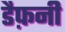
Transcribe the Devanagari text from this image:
डैफ़नी